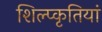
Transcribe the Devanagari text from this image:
शिल्प्कृतियां